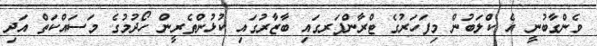
ވެންގާބުނީ އެ ކްލަބުން މިފަހަރުގެ ޓްރާންފަރގައި ބާޒާރުގައި ކުޅުންތެރީން ހޯދުމުގެ މަސައްކަތް އަދި